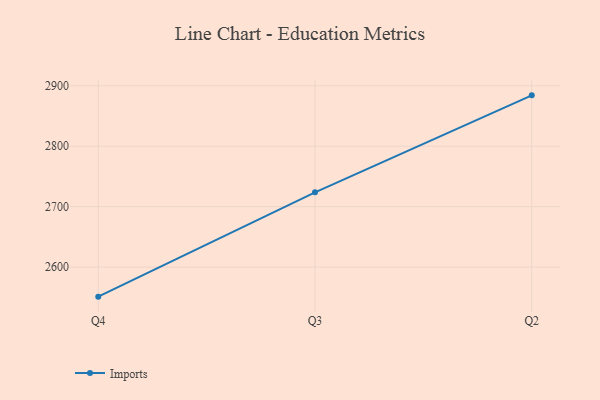
{"axis": {"x": "Quarter", "y": "Conversion Rate (%)"}, "legend": ["Imports"], "data": [{"x": "Q4", "y": 2551.2, "type": "Imports"}, {"x": "Q3", "y": 2723.7, "type": "Imports"}, {"x": "Q2", "y": 2884.1, "type": "Imports"}]}